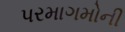
પરમાગમોની